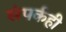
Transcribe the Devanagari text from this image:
संपर्कही